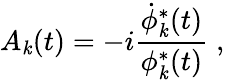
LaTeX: A_{\mathit{k}}(t)=-i\frac{{\dot{{\phi}}_{\mathit{k}}^{*}(t)}}{{\phi_{\mathit{k}}^{*}(t)}}\; ,